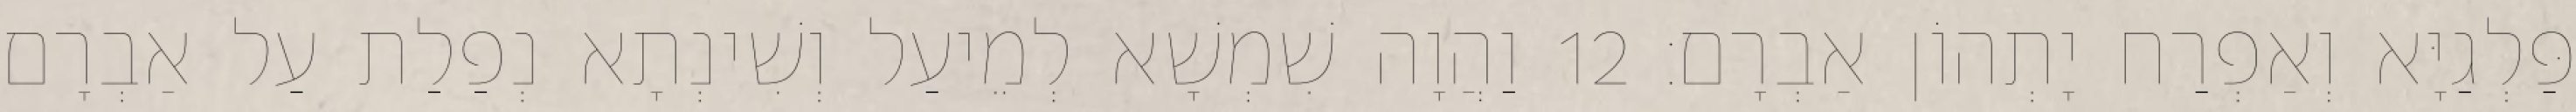
פַּלְגַיָּא וְאַפְרַח יָתְהוֹן אַבְרָם׃ 12 וַהֲוָה שִׁמְשָׁא לְמֵיעַל וְשִׁינְתָא נְפַלַת עַל אַבְרָם